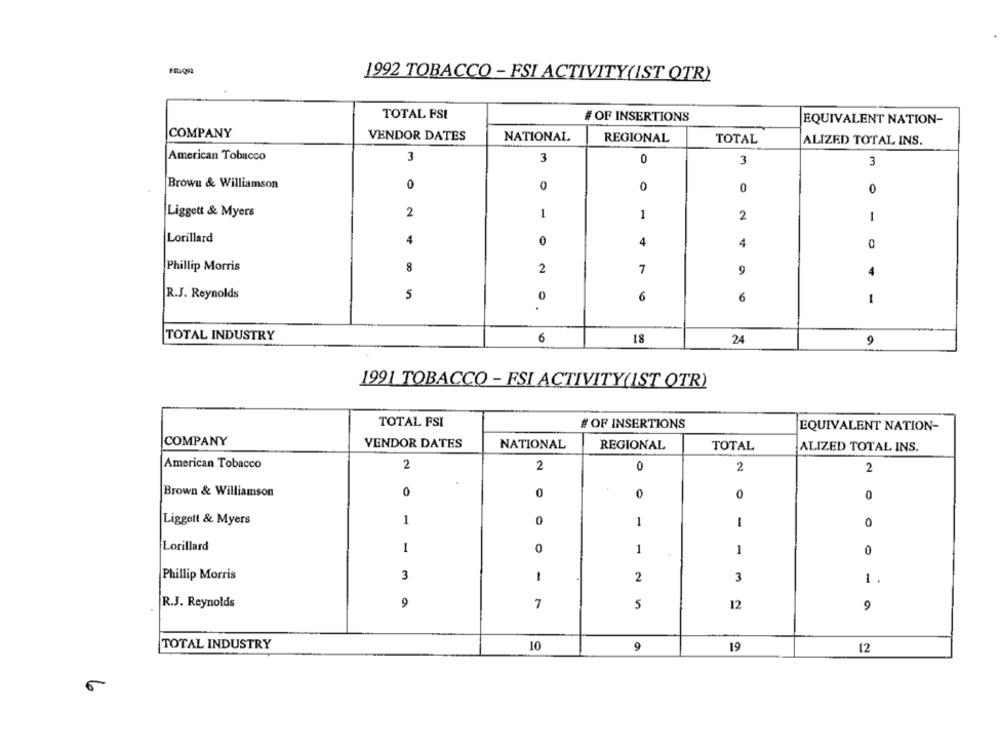
1992 TOBACCO - FSI ACTIVITY(IST QTR)
TOTAL FSI
# OF INSERTIONS
EQUIVALENT NATION-
COMPANY
VENDOR DATES
NATIONAL
REGIONAL
TOTAL
ALIZED TOTAL INS.
American Tobacco
3
3
0
3
3
Browu & Williamson
0
0
0
0
0
Liggett & Myers
2
1
1
2
1
Lorillard
4
0
4
4
0
Phillip Morris
8
2
7
9
4
R.J. Reynolds
5
0
6
6
1
TOTAL INDUSTRY
6
18
24
9
1991 TOBACCO - ESI ACTIVITY(IST OTR)
TOTAL FSI
# OF INSERTIONS
EQUIVALENT NATION-
COMPANY
VENDOR DATES
NATIONAL
REGIONAL
TOTAL
ALIZED TOTAL INS.
American Tobacco
2
2
0
2
2
Brown & Williamson
0
0
0
0
0
Liggett & Myers
1
0
1
1
0
Lorillard
0
1
1
1
0
Phillip Morris
3
1
2
3
1
R.J. Reynolds
9
7
5
12
9
TOTAL INDUSTRY
9
10
19
12
6